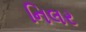
નિલર